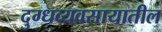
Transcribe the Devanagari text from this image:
दुग्धव्यवसायातील